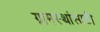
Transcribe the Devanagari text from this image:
ग्रामस्थांसाठी